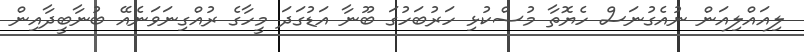
ލިއައްލިއަން ނުއެގުނަސް ހެޔޮތާ މުސްކުޅި ހަރުބަހުގަ ބޫނާ އަޑުގަދަ މީހާގެ ރުއްގިނަވަނެއޭ ބުނާބީދާއިން